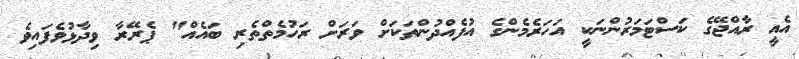
އެއީ ރާއްޖޭގެ ކަސްޓަމަރުންނަކީ އަހަރެމެންގެ އުފެއްދުންތަކަށް ވަރަށް ރަހުމެތްތެރި ބައެއް" ޕެރޭރާ ވިދާޅުވެފައިވެ